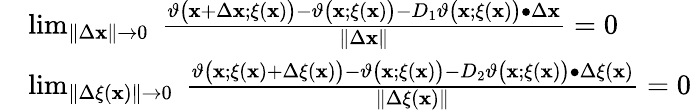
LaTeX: \begin{array}{rl}&{\operatorname*{lim}_{\| \Delta\mathbf{x}\| \rightarrow 0}\; \frac{\vartheta\big(\mathbf{x}+\Delta\mathbf{x};\xi(\mathbf{x})\big)-\vartheta\big(\mathbf{x};\xi(\mathbf{x})\big)-D_{1}\vartheta\big(\mathbf{x};\xi(\mathbf{x})\big)\bullet\Delta\mathbf{x}}{\| \Delta\mathbf{x}\| }=0}\\ &{\operatorname*{lim}_{\| \Delta\xi(\mathbf{x})\| \rightarrow 0}\; \frac{\vartheta\big(\mathbf{x};\xi(\mathbf{x})+\Delta\xi(\mathbf{x})\big)-\vartheta\big(\mathbf{x};\xi(\mathbf{x})\big)-D_{2}\vartheta\big(\mathbf{x};\xi(\mathbf{x})\big)\bullet\Delta\xi(\mathbf{x})}{\| \Delta\xi(\mathbf{x})\| }=0}\end{array}